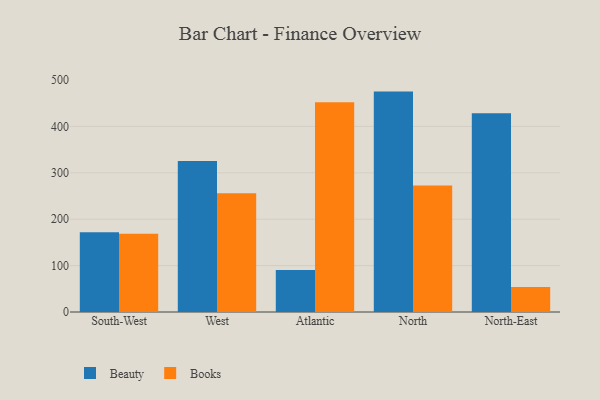
{"axis": {"x": "Region", "y": "Energy Usage (MWh)"}, "legend": ["Beauty", "Books"], "data": [{"x": "South-West", "y": 172.0, "type": "Beauty"}, {"x": "South-West", "y": 168.5, "type": "Books"}, {"x": "West", "y": 325.6, "type": "Beauty"}, {"x": "West", "y": 256.1, "type": "Books"}, {"x": "Atlantic", "y": 90.8, "type": "Beauty"}, {"x": "Atlantic", "y": 452.0, "type": "Books"}, {"x": "North", "y": 475.1, "type": "Beauty"}, {"x": "North", "y": 272.6, "type": "Books"}, {"x": "North-East", "y": 428.4, "type": "Beauty"}, {"x": "North-East", "y": 53.8, "type": "Books"}]}